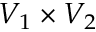
V _ { 1 } \times V _ { 2 }